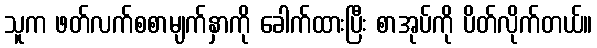
သူက ဖတ်လက်စစာမျက်နှာကို ခေါက်ထားပြီး စာအုပ်ကို ပိတ်လိုက်တယ်။